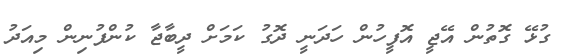
ގުޅޭ ގޮތުން އޭޖީ އޮފީހުން ހަދަނީ ދޮގު ކަމަށް ދީބާޖާ ކުންފުނިން މިއަދު